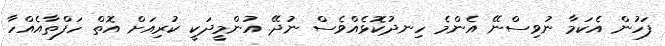
ފަހުން އެކަމާ ނުވިސްނޭ އެންމެ ހިނދުކޮޅެއްވެސް ނުދޭ. އުންމީދަކީ ކުރިއަށް އޮތް ހަފްތާއެއްހާ